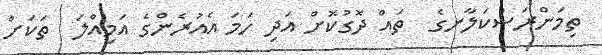
ތިމަންރަސްކަލާނގެ  ތައް ދޮގުކޮށް އަދި ހަމަ އެއުރެންގެ އަމިއްލަ  ތަކަށް